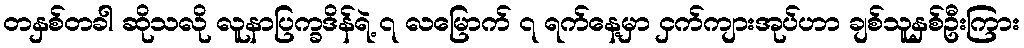
တနှစ်တခါ ဆိုသလို လူနာပြက္ခဒိန်ရဲ့ ၇ လမြောက် ၇ ရက်နေ့မှာ ငှက်ကျားအုပ်ဟာ ချစ်သူနှစ်ဦးကြား